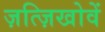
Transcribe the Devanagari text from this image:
ज़त्ज़िखोवें